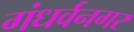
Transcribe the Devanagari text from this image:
गंधर्वनगर